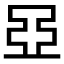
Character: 𬻞